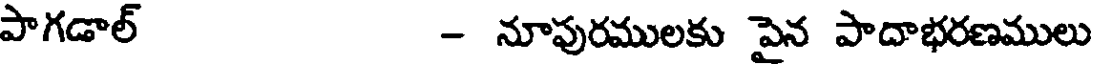
పాగడాల్ - నూపురములకు పైన పాదాభరణములు